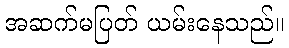
အဆက်မပြတ် ယမ်းနေသည်။